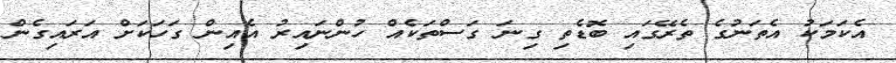
އެކަމަކު އެތަނުގެ ތެރޭގައި ބޮޑެތި ގިނަ ގަސްތަކެއް ހުންނައިރު އެއިން ގަހަކަށް އަރައިގެން